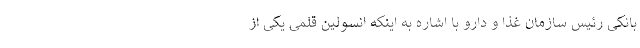
بانکی رئیس سازمان غذا و دارو با اشاره به اینکه انسولین قلمی یکی از